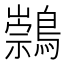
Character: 𪅁